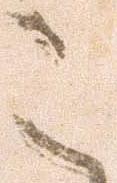
こ